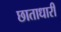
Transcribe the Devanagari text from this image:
छाताधारी